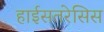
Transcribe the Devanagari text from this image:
हाईसतरेसिस